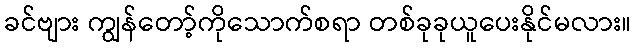
ခင်ဗျား ကျွန်တော့်ကိုသောက်စရာ တစ်ခုခုယူပေးနိုင်မလား။